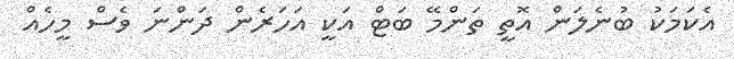
އެކަމަކު ބުނެލަން އޮތީ ތަންމޭ ބަޓް އަކީ އަހަރެން ދަންނަ ވެސް މީހެއް